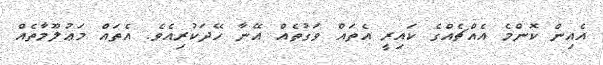
އެއިން ކޮންމެ އެއްޗެއްގެ ކައިރީ އެތައް ވަގުތެއް އޭނާ ހޭދަކުރިއެވެ. އެތައް މަޢުލޫމާތެއް